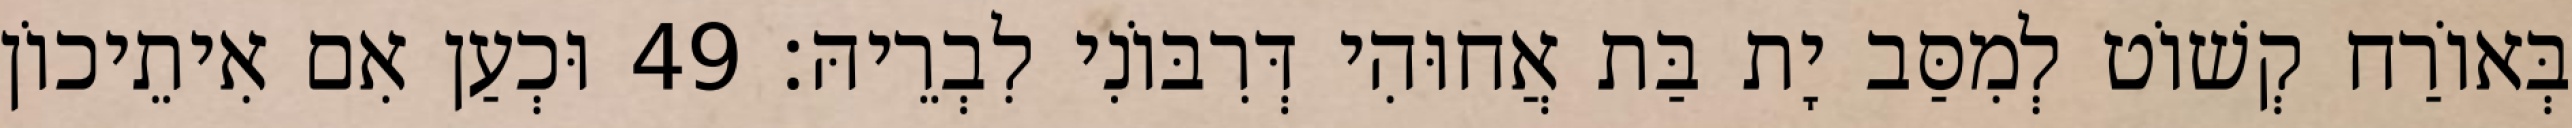
בְּאוֹרַח קְשׁוֹט לְמִסַּב יָת בַּת אֲחוּהִי דְּרִבּוֹנִי לִבְרֵיהּ׃ 49 וּכְעַן אִם אִיתֵיכוֹן